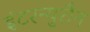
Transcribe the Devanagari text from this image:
इंटरन्युरौन